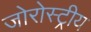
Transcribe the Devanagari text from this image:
जोरोस्ट्रीय